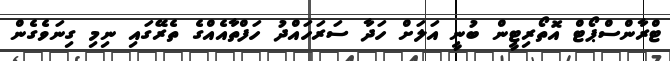
ޓްރާންސްޕޯޓް އޮތޯރިޓީން ބުނީ އަލަށް ހަދާ ސަރަހައްދު ހަފްތާއެއްގެ ތެރޭގައި ނިމި ގިނަވެގެން